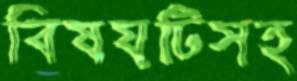
বিষয়টিসহ